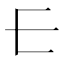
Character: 𰀂